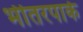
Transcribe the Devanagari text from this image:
भीतरपार्क